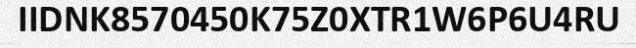
IIDNK8570450K75Z0XTR1W6P6U4RU